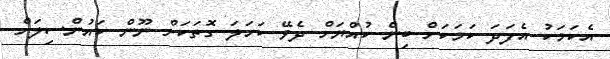
އެކަމަކު އެފަދަ ކަމަކަށް ބިން ކުއްޔަށް ދެވޭ ކަހަލަ ގޮތަކަށް ނޫން ކައުންސިލަށް